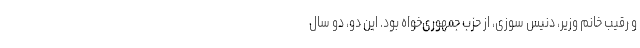
و رقیب خانم وزیر، دنیس سوزی، از حزب جمهوری‌خواه بود. این دو، دو سال